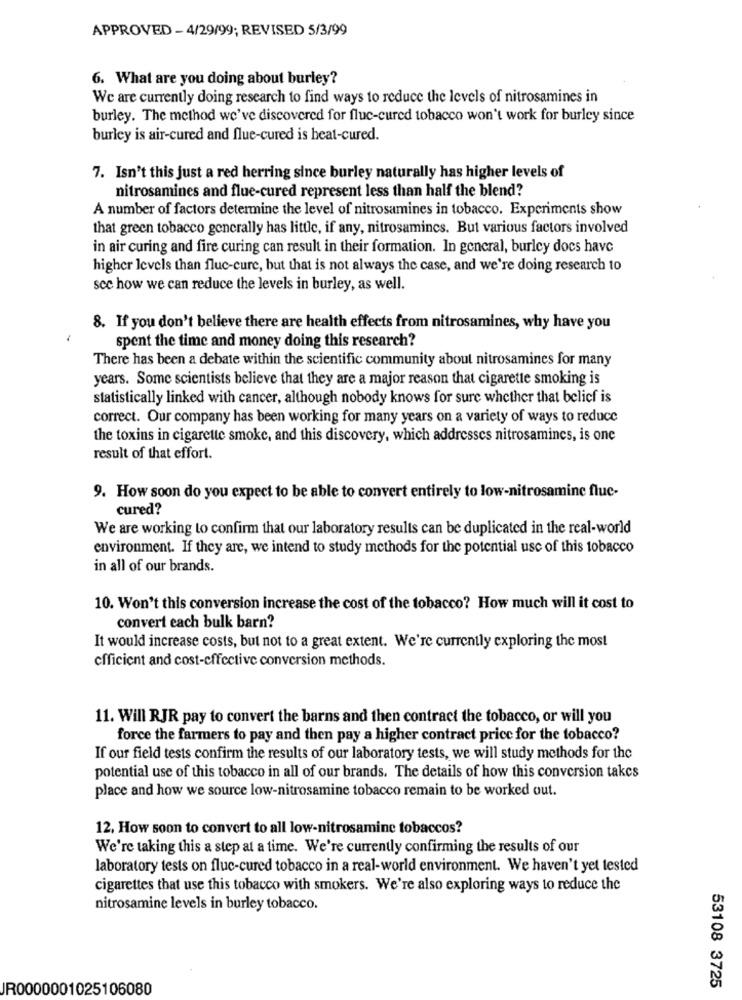
APPROVED - 4/29/99; REVISED 5/3/99
6. What are you doing about burley?
We are currently doing research to find ways to reduce the levels of nitrosamines in
burley. The method we've discovered for fluc-cured tobacco won't work for burley since
burley is air-cured and flue-cured is beat-cured.
7. Isn't this just a red herring since burley naturally has higher levels of
nitrosamines and flue-cured represent less than half the blend?
A number of factors determine the level of nitrosamines in tobacco. Experiments show
that green tobacco generally has little, if any, nitrosamincs. But various factors involved
in air curing and fire curing can result in their formation. In general, burley docs have
higher levels than fluc-cure, but that is not always the case, and we're doing research to
see how we can reduce the levels in burley, as well.
8. If you don't believe there are health effects from nitrosamines, why have you
spent the time and money doing this research?
There has been a debate within the scientific community about nitrosamines for many
years. Some scientists believe that they are a major reason that cigarette smoking is
statistically linked with cancer, although nobody knows for sure whether that belief is
correct. Our company has been working for many years on a variety of ways to reduce
the toxins in cigarette smoke, and this discovery, which addresses nitrosamines, is one
result of that effort.
9. How soon do you expect to be able to convert entirely to low-nitrosaminc fluc-
cured?
We are working to confirm that our laboratory results can be duplicated in the real-world
environment. If they are, we intend to study methods for the potential use of this tobacco
in all of our brands.
10. Won't this conversion increase the cost of the tobacco? How much will it cost to
convert each bulk barn?
It would increase costs, but not to a great extent. We're currently exploring the most
efficient and cost-effective conversion methods.
11. Will RJR pay to convert the barns and then contract the tobacco, or will you
force the farmers to pay and then pay a higher contract price for the tobacco?
If our field tests confirm the results of our laboratory tests, we will study methods for the
potential use of this tobacco in all of our brands. The details of how this conversion takes
place and how we source low-nitrosamine tobacco remain to be worked out.
12, How soon to convert to all low-nitrosamine tobaccos?
We're taking this a step at a time. We're currently confirming the results of our
laboratory tests on fluc-cured tobacco in a real-world environment. We haven't yet tested
cigarettes that use this tobacco with smokers. We're also exploring ways to reduce the
nitrosamine levels in burley tobacco.
JR0000001025106080
53108 3725